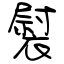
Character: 褽